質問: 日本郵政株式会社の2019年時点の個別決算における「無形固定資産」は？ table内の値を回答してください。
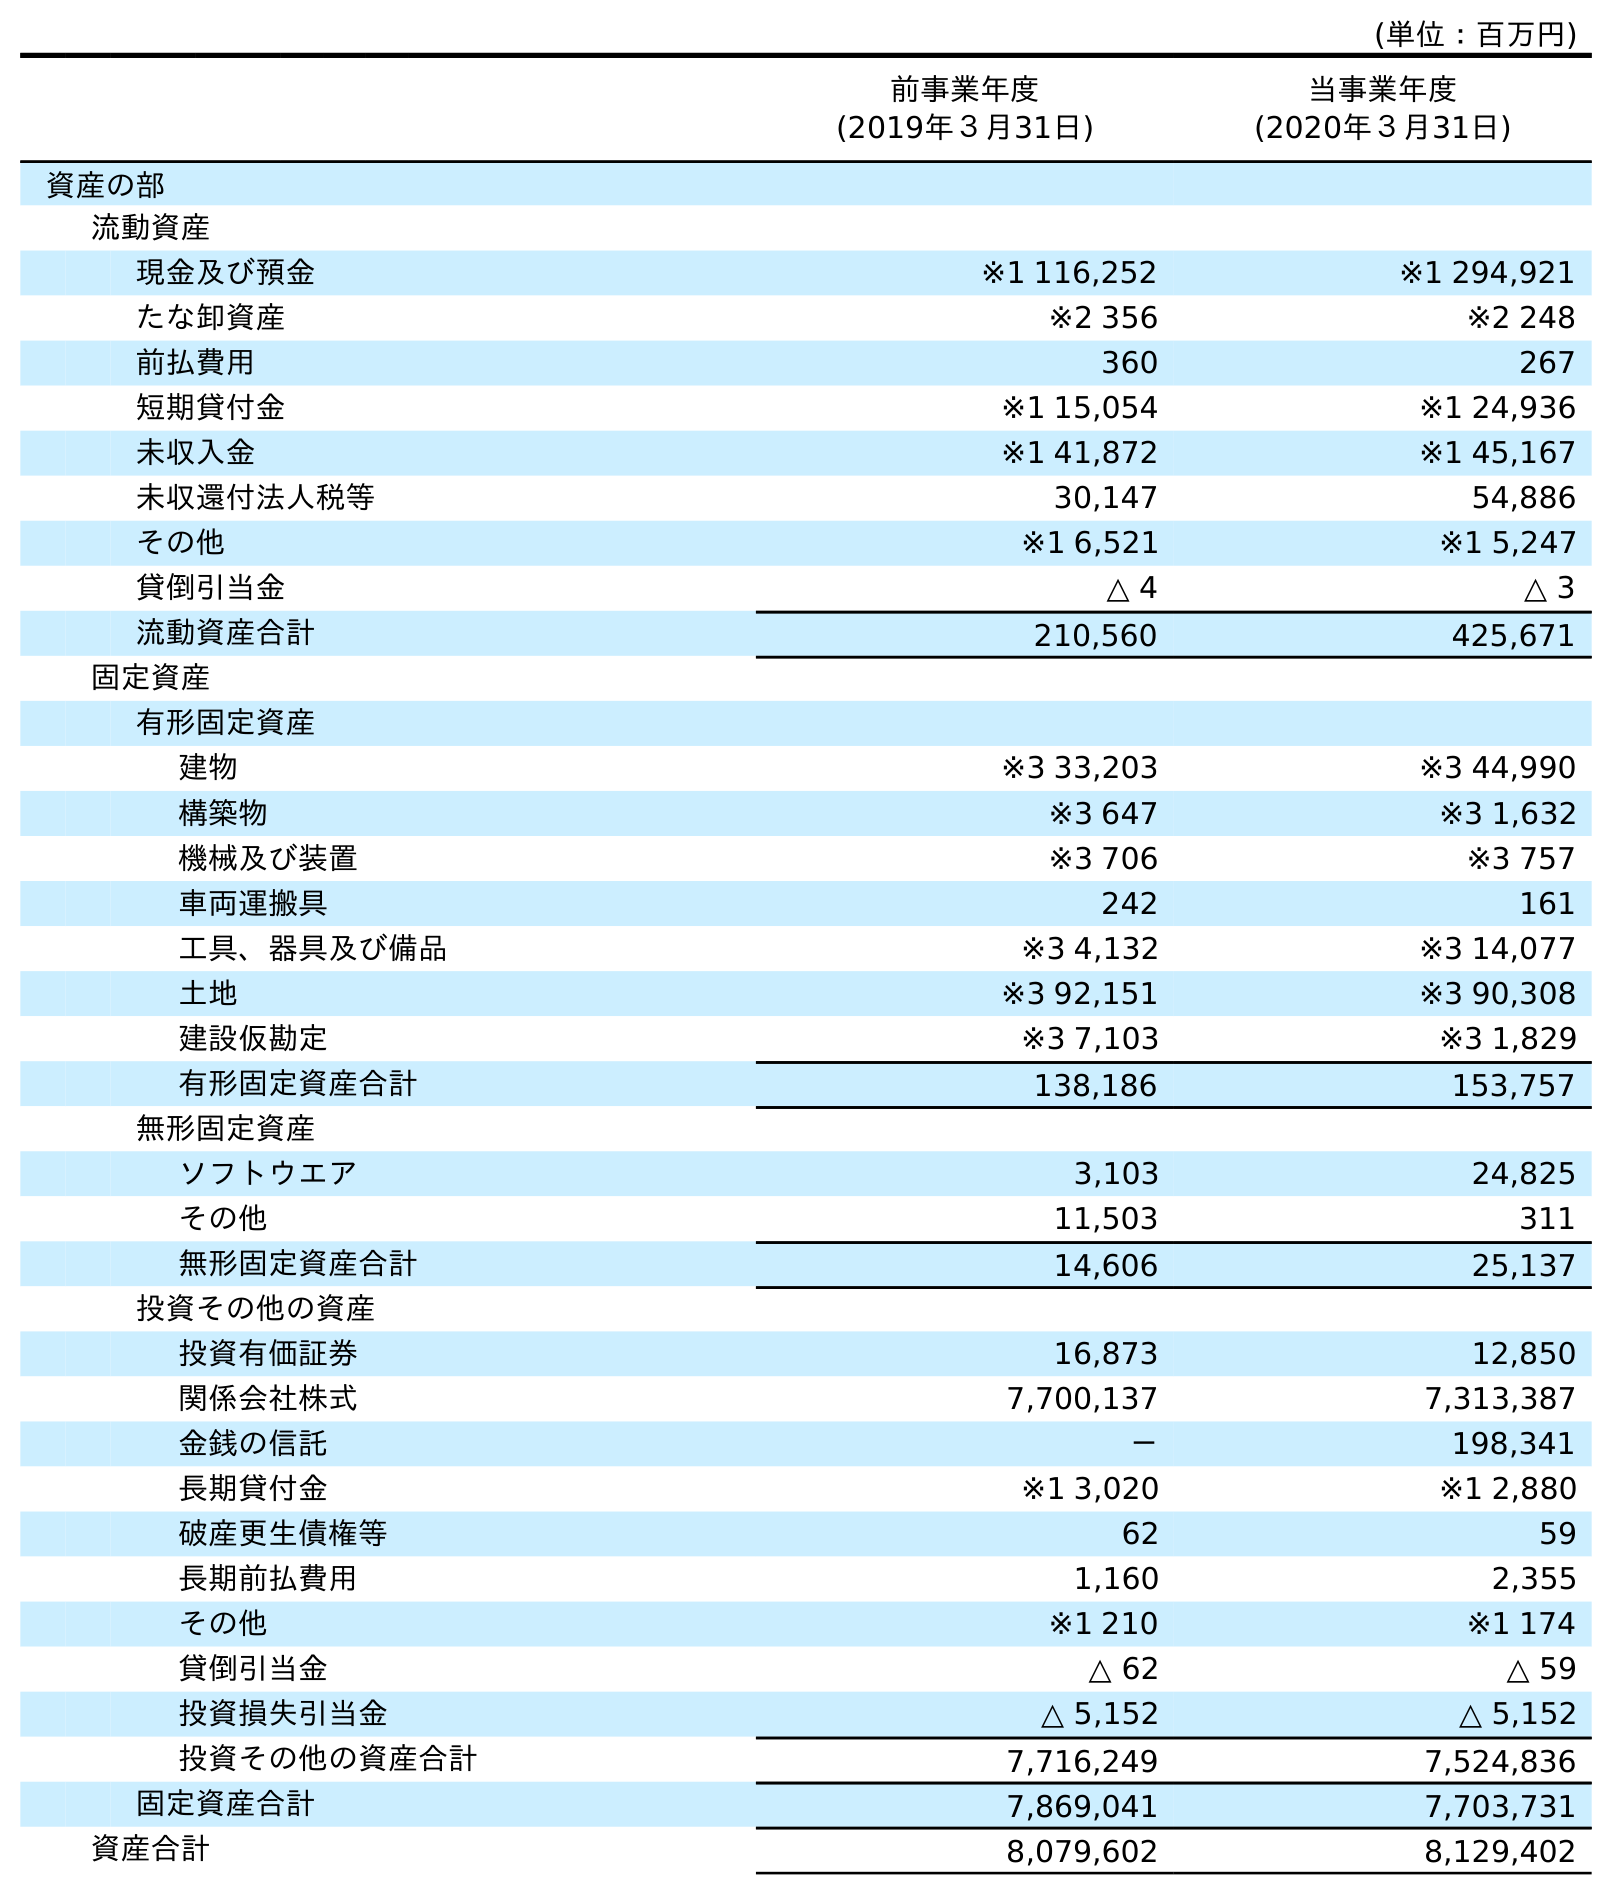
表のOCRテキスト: (単位：百万円) 前事業年度 (2019年３月31日) 当事業年度 (2020年３月31日) 資産の部 流動資産 現金及び預金 ※1 116,252 ※1 294,921 たな卸資産 ※2 356 ※2 248 前払費用 360 267 短期貸付金 ※1 15,054 ※1 24,936 未収入金 ※1 41,872 ※1 45,167 未収還付法人税等 30,147 54,886 その他 ※1 6,521 ※1 5,247 貸倒引当金 △ 4 △ 3 流動資産合計 210,560 425,671 固定資産 有形固定資産 建物 ※3 33,203 ※3 44,990 構築物 ※3 647 ※3 1,632 機械及び装置 ※3 706 ※3 757 車両運搬具 242 161 工具、器具及び備品 ※3 4,132 ※3 14,077 土地 ※3 92,151 ※3 90,308 建設仮勘定 ※3 7,103 ※3 1,829 有形固定資産合計 138,186 153,757 無形固定資産 ソフトウエア 3,103 24,825 その他 11,503 311 無形固定資産合計 14,606 25,137 投資その他の資産 投資有価証券 16,873 12,850 関係会社株式 7,700,137 7,313,387 金銭の信託 － 198,341 長期貸付金 ※1 3,020 ※1 2,880 破産更生債権等 62 59 長期前払費用 1,160 2,355 その他 ※1 210 ※1 174 貸倒引当金 △ 62 △ 59 投資損失引当金 △ 5,152 △ 5,152 投資その他の資産合計 7,716,249 7,524,836 固定資産合計 7,869,041 7,703,731 資産合計 8,079,602 8,129,402
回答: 14,606